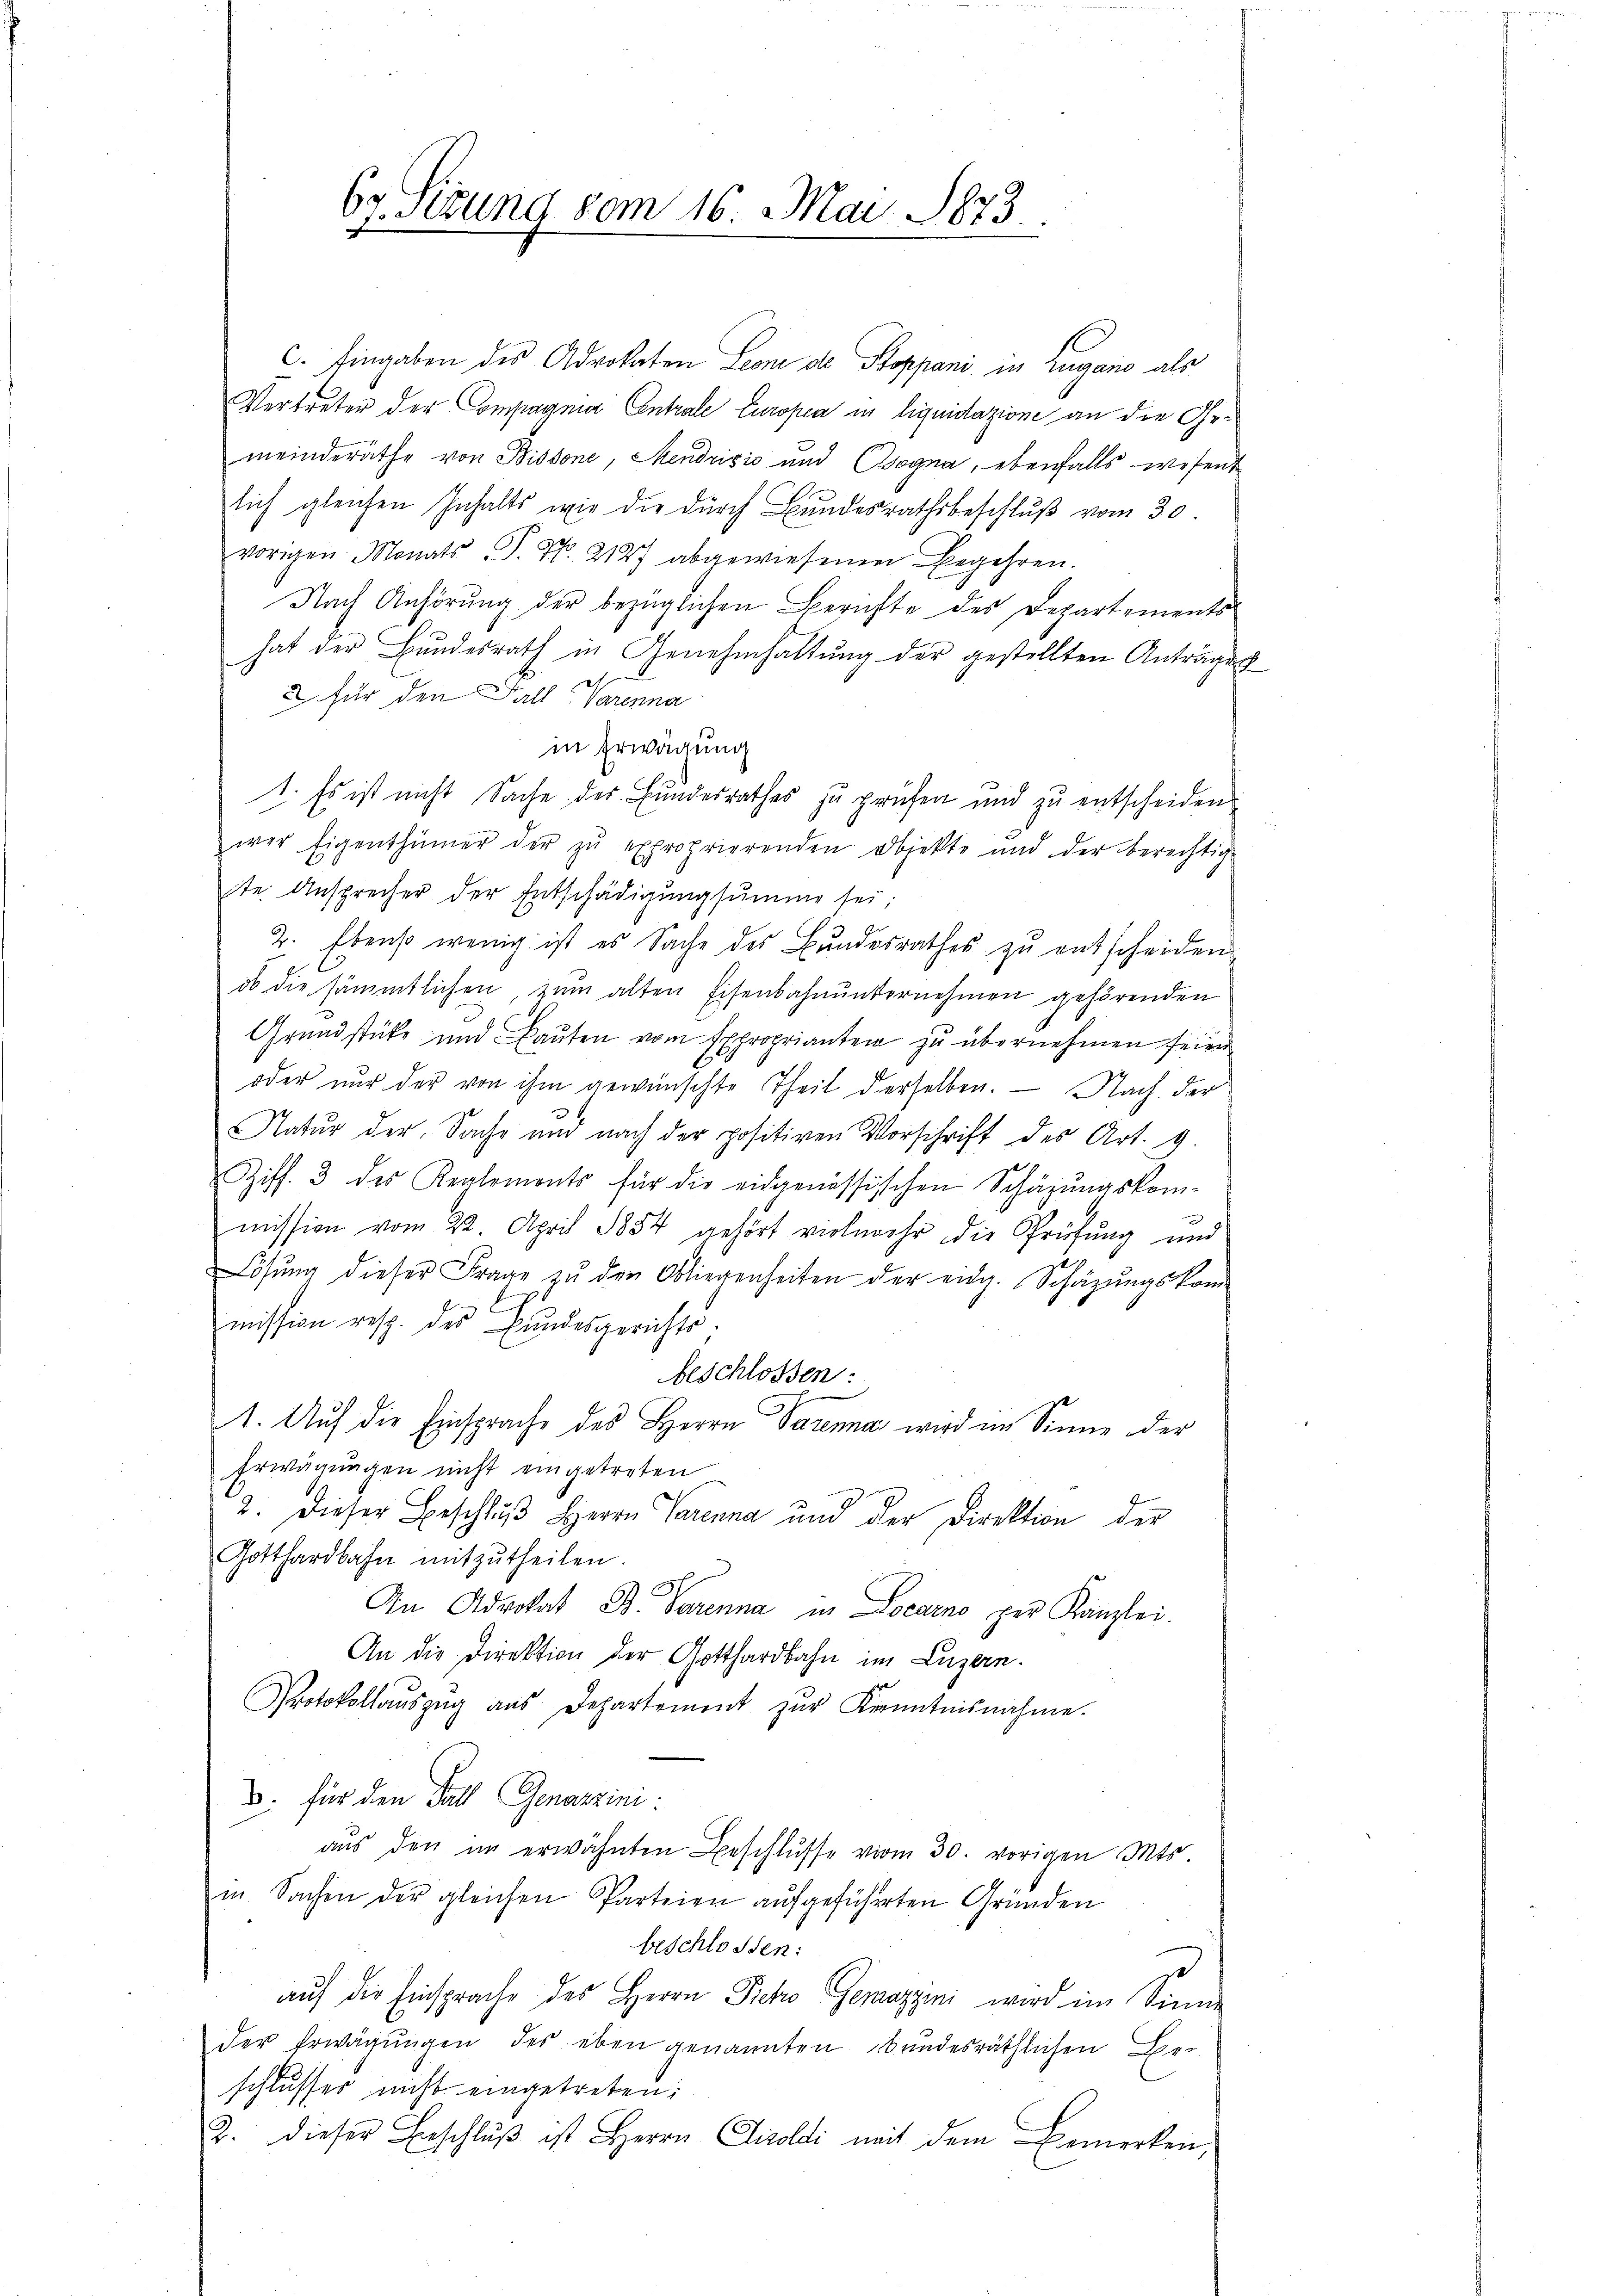
67. Sizung vom 16. Mai 1873

C. Eingaben des Advokaten Leone de Stoppani in Zugano als
Vertreter der Compagnia Contrale Europen in liquidazione an die Gemeinderäthe von Bissone, Mendrisis und sogna, ebenfalls wesent
lich gleichen Inhalts wie die durch Bundesrathsbeschluß vom 30.
vorigen Monats P. Nr. 2127 abgewiesenen Begehren.
Nach Anhörung der bezüglichen Berichte des Departements
hat der Bundesrath in Genehmhaltung der gestellten Anträge
2 für den Fall Varenna
in Erwägung
1. Es ist nicht Sache der Bundesrathes zu prüfen und zu entscheiden
wer Eigenthümer der zŭ exproprierenden Objekte und der berechtig
ste Ansprecher der Entschädigungsumme sei;
2. Ebenso wenig ist es Sache des Bŭndesrathes zŭ entscheiden.
ob die sämmtlichen zŭm alten Eisenbahnŭnternehmen gehörenden
Grundstücke und Bauten vom Exproprianten zu übernehmen seien
oder nur der von ihm gewünschte Theil derselben. — Nach der
Natur der Sache und nach der positiven Vorschrift des Art. 9.
Ziff. 3 des Reglemonts für die eidgenössischen Schäzŭngskom-
)
mission vom 22. April 1854 gehört vielmehr die Prüfung und
2.
Lösŭng dieser Frage zŭ den Obliegenheiten der eidg. Schäzŭngskom-
mission resp. des Bŭndesgerichts.
beschlossen:
1. Auf die Einsprache des Herrn Parenna wird im Sinne der
Erwägungen nicht eingetreten
2. Dieser Beschluß Herrn Parenna und der Direktion der
Gotthardbahn mitzŭtheilen.
An Advokat B. Parenna in Locarno per Kanzlei.
An die Direktion der Gotthardbahn im Luzern.
Protokollaŭszŭg aŭs Departement zŭr Kenntnisnahme.
B. für den Fall Genazzini
aŭs den im erwähnten Beschlŭsse vom 30. vorigen Mts.
in Sachen der gleichen Parteien aufgeführten Gründen
beschlossen:
s
auf die Einsprache des Herrn Picho Geprazzini wird im Sinne
der Erwägŭngen des eben genannten bundesräthlichen Ge-
schlusser nicht eingetreten:
2. dieser Beschlŭβ ist Herrn Disoldi mit dem Bemerken